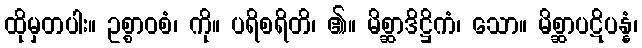
ထိုမှတပါး။ ဥစ္စာဝစံ၊ ကို။ ပရိစရိတိ၊ ၏။ မိစ္ဆာဒိဋ္ဌိကံ၊ သော။ မိစ္ဆာပဋိပန္နံ၊